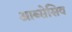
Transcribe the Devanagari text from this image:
आब्सेसिव